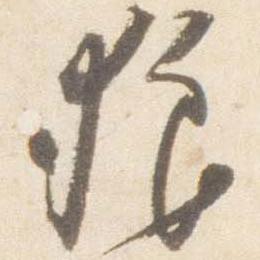
狼